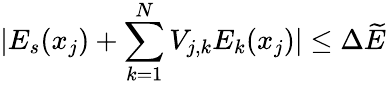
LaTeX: |E_{s}(x_{j})+\sum_{k=1}^{N}V_{j,k}E_{k}(x_{j})|\le\Delta\widetilde{E}